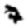
Digit: 7